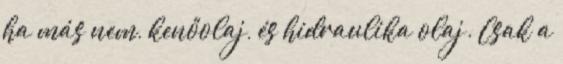
ha más nem, kenőolaj, és hidraulika olaj. Csak a